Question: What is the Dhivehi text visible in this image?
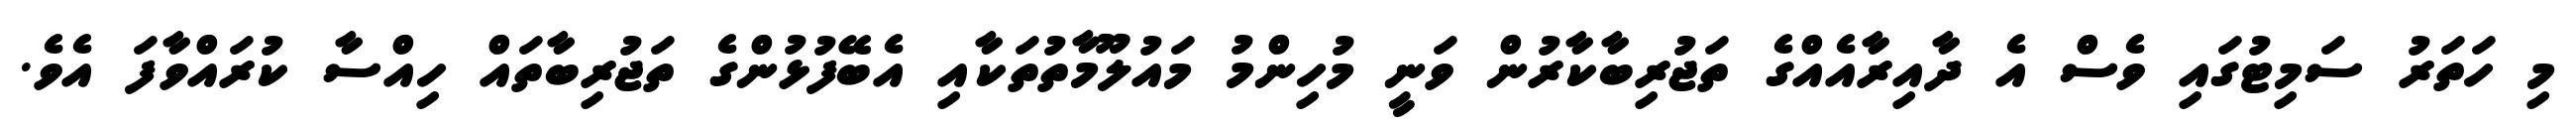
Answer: މި ހަތަރު ސަމިޓުގައި ވެސް އެ ދާއިރާއެއްގެ ތަޖުރިބާކާރުން ވަނީ މުހިންމު މައުލޫމާތުތަކާއި އެބޭފުޅުންގެ ތަޖުރިބާތައް ހިއްސާ ކުރައްވާފަ އެވެ.